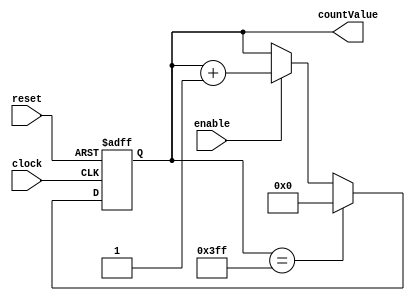
/* CounterNbit
 *---------------------------
 * By: Benjamin Evans
 * For: University of Leeds
 *
 * Short Description
 * -----------------
 * This is a n bit counter and will be used to count the number of button inputs
 * 
 * Reference: Benjamin Evans - CounterNbit.v - ELEC5566M-Assignment2-evanso931
 *
 * Code taken from:
 * ELEC5566M  Synchronous Logic Unit2.1 - CounterNBit.v, pp. 11
 */ 

module CounterNBit #(
    //Parameter list within the #(...)
    parameter WIDTH = 10,                //Default to 10bits wide 
    parameter INCREMENT = 1,             //Amount to increment counter by each cycle
    parameter MAX_VALUE = (2**WIDTH)-1   //e.g. Maximum value default is 2^WIDTH - 1
)(
    //Port list within the (...) as before
    input                    clock, 
    input                    reset,
    input                    enable,
    output reg [(WIDTH-1):0] countValue  //Output is declared as "WIDTH" bits wide
);

localparam ZERO = {(WIDTH){1'b0}}; //A local parameter. The value 0, WIDTH bits wide.

always @(posedge clock or posedge reset) begin
    if (reset) begin
    countValue <= ZERO;
    end else if (countValue == MAX_VALUE) begin
    countValue <= ZERO;
    end else if (enable) begin 
    countValue <= countValue + INCREMENT;
    end
end

endmodule